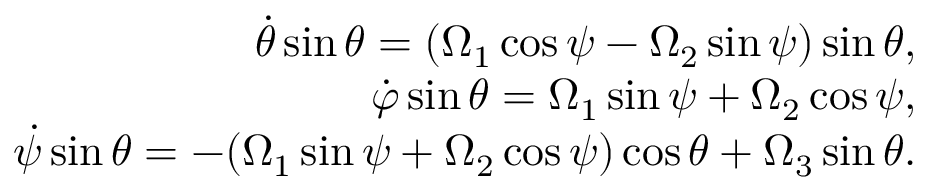
\begin{array} { r } { \dot { \theta } \sin \theta = ( \Omega _ { 1 } \cos \psi - \Omega _ { 2 } \sin \psi ) \sin \theta , } \\ { \dot { \varphi } \sin \theta = \Omega _ { 1 } \sin \psi + \Omega _ { 2 } \cos \psi , } \\ { \dot { \psi } \sin \theta = - ( \Omega _ { 1 } \sin \psi + \Omega _ { 2 } \cos \psi ) \cos \theta + \Omega _ { 3 } \sin \theta . } \end{array}